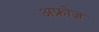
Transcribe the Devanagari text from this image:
अफ्रोज़